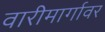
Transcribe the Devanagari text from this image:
वारीमार्गावर